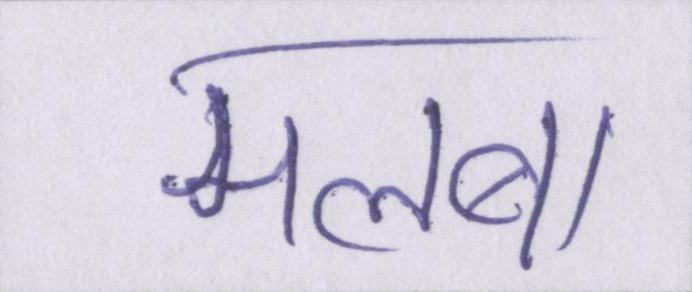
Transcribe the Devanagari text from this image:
मलबा